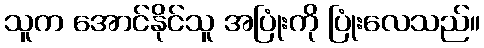
သူက အောင်နိုင်သူ အပြုံးကို ပြုံးလေသည်။